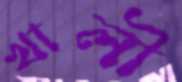
খালী